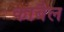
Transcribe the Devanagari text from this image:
काबैल